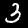
Digit: 3